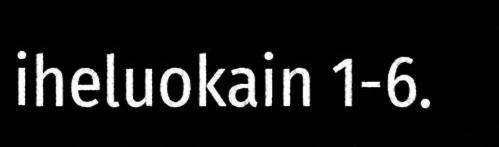
iheluokain 1-6.